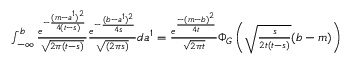
\begin{array} { r l } & { \int _ { - \infty } ^ { b } \frac { e ^ { - \frac { ( m - a ^ { 1 } ) ^ { 2 } } { 4 ( t - s ) } } } { \sqrt { 2 \pi ( t - s ) } } \frac { e ^ { - \frac { ( b - a ^ { 1 } ) ^ { 2 } } { 4 s } } } { \sqrt { ( 2 \pi s ) } } d a ^ { 1 } = \frac { e ^ { \frac { - ( m - b ) ^ { 2 } } { 4 t } } } { \sqrt { 2 \pi t } } \Phi _ { G } \left( \sqrt { \frac { s } { 2 t ( t - s ) } } ( b - m ) \right) } \end{array}